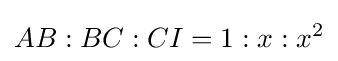
AB:BC:CI=1:x:x^{2}